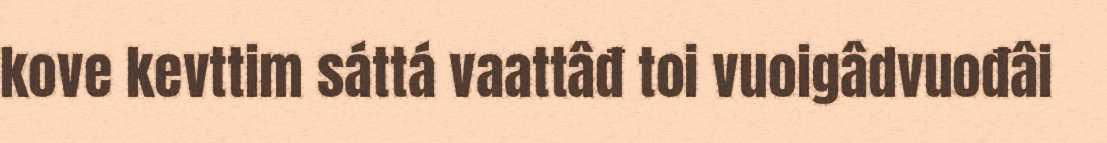
kove kevttim sáttá vaattâđ toi vuoigâdvuođâi